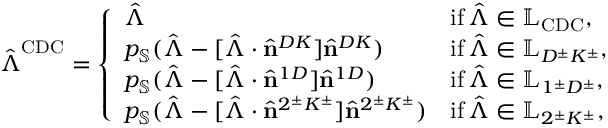
\hat { \boldsymbol { \Lambda } } ^ { \mathrm { C D C } } = \left\{ \begin{array} { l l } { \hat { \boldsymbol { \Lambda } } } & { \mathrm { i f \, } \hat { \boldsymbol { \Lambda } } \in \mathbb { L } _ { \mathrm { C D C } } , } \\ { p _ { \mathbb { S } } ( \hat { \boldsymbol { \Lambda } } - [ \hat { \boldsymbol { \Lambda } } \cdot \hat { \mathbf { n } } ^ { D K } ] \hat { \mathbf { n } } ^ { D K } ) } & { \mathrm { i f \, } \hat { \boldsymbol { \Lambda } } \in \mathbb { L } _ { D ^ { \pm } K ^ { \pm } } , } \\ { p _ { \mathbb { S } } ( \hat { \boldsymbol { \Lambda } } - [ \hat { \boldsymbol { \Lambda } } \cdot \hat { \mathbf { n } } ^ { 1 D } ] \hat { \mathbf { n } } ^ { 1 D } ) } & { \mathrm { i f \, } \hat { \boldsymbol { \Lambda } } \in \mathbb { L } _ { 1 ^ { \pm } D ^ { \pm } } , } \\ { p _ { \mathbb { S } } ( \hat { \boldsymbol { \Lambda } } - [ \hat { \boldsymbol { \Lambda } } \cdot \hat { \mathbf { n } } ^ { 2 ^ { \pm } K ^ { \pm } } ] \hat { \mathbf { n } } ^ { 2 ^ { \pm } K ^ { \pm } } ) } & { \mathrm { i f \, } \hat { \boldsymbol { \Lambda } } \in \mathbb { L } _ { 2 ^ { \pm } K ^ { \pm } } , } \end{array} \right.